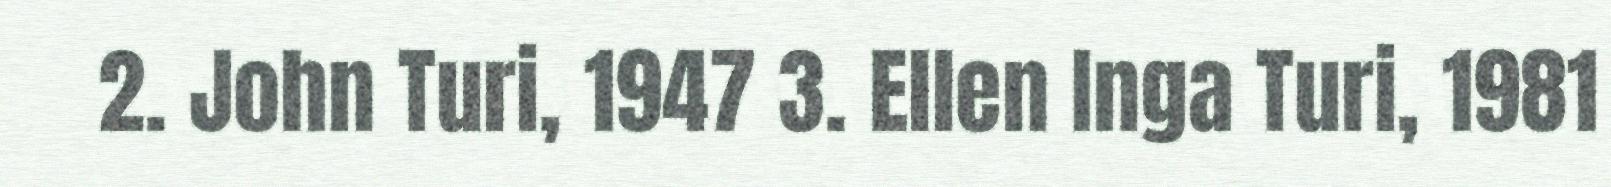
2. John Turi, 1947 3. Ellen Inga Turi, 1981